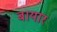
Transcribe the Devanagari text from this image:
बायार